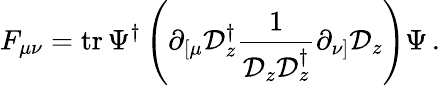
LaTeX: F_{\mu\nu}=\mathrm{tr}\, \Psi^{\dagger}\left(\partial_{\left[\mu\right.}\mathcal{D}_{z}^{\dagger}\frac{1}{\mathcal{D}_{z}\mathcal{D}_{z}^{\dagger}}\partial_{\left.\nu\right]}\mathcal{D}_{z}\right)\Psi\, .